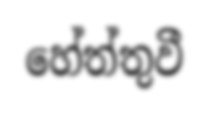
හේත්තුවී